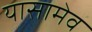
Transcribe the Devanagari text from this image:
यासामेव